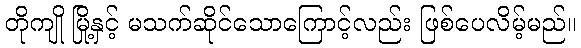
တိုကျို မြို့နှင့် မသက်ဆိုင်သောကြောင့်လည်း ဖြစ်ပေလိမ့်မည်။